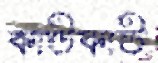
কাউকাউ